Problem: 4 + 18 = ?
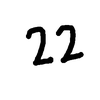
Handwritten answer: 22